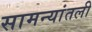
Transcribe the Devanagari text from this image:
सामन्यांतली